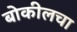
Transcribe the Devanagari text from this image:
बोकीलचा